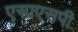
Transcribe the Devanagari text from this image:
एसाएसपी